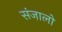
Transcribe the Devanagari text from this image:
संजालो